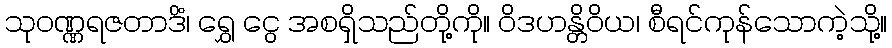
သုဝဏ္ဏရဇတာဒိံ၊ ရွှေ ငွေ အစရှိသည်တို့ကို။ ဝိဒဟန္တိဝိယ၊ စီရင်ကုန်သောကဲ့သို့။